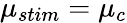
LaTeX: \mu_{stim}=\mu_{c}